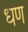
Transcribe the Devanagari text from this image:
धण